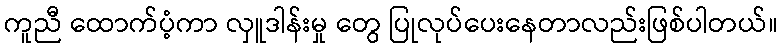
ကူညီ ထောက်ပံ့ကာ လှူဒါန်းမှု တွေ ပြုလုပ်ပေးနေတာလည်းဖြစ်ပါတယ်။